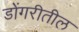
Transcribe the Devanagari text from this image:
डोंगरीतील